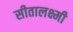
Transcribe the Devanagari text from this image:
सीतालक्ष्मी